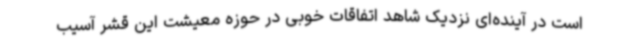
است در آینده‌ای نزدیک شاهد اتفاقات خوبی در حوزه معیشت این قشر آسیب